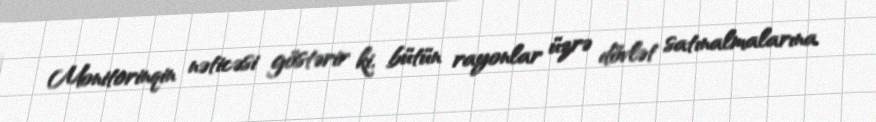
Monitorinqin nəticəsi göstərir ki, bütün rayonlar üzrə dövlət satınalmalarına